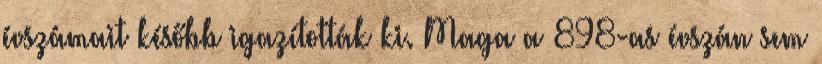
évszámait később igazították ki. Maga a 898-as évszán sem